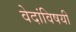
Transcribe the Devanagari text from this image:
वेदांविषयी